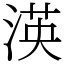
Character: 渶